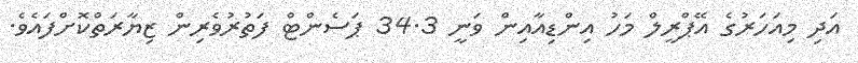
އަދި މިއަހަރުގެ އޭޕްރީލް މަހު އިންޑިއާއިން ވަނީ 34.3 ޕަސެންޓް ފަތުރުވެރިން ޒިޔާރަތްކޮށްފައެވެ.